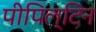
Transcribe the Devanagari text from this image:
पीपिल्टिन